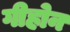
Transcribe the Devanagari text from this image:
गीहोन